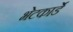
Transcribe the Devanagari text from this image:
भेटकार्डे